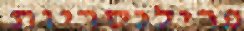
פרילנסריות